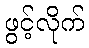
ဖွင့်လိုက်